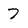
Character: 7